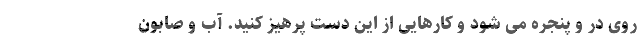
روی در و پنجره می شود و کارهایی از این دست پرهیز کنید. آب و صابون